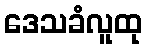
ဒေသခံလူထု